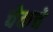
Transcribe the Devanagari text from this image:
चेकचे